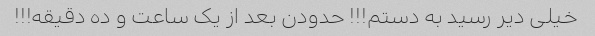
خیلی دیر رسید به دستم!!! حدودن بعد از یک ساعت و ده دقیقه!!!